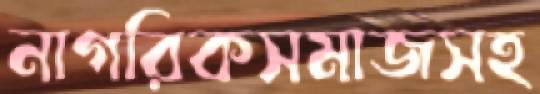
নাগরিকসমাজসহ